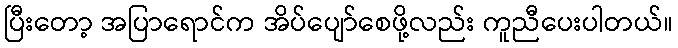
ပြီးတော့ အပြာရောင်က အိပ်ပျော်စေဖို့လည်း ကူညီပေးပါတယ်။